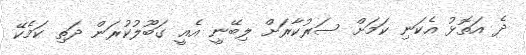
ދެ އަތޮޅު އެކަނި ކަމަށް ސަރުކާރަށް ލިބޭނީ އެއީ ގަބޫލުކުރަން ދަތި ކަމެކޭ